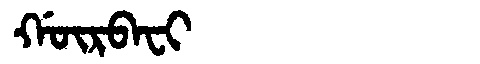
Manchu: ᡤᡡᡵᠪᠠᠸᡳ
Romanization: GŪRBAFI